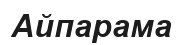
Айпарама